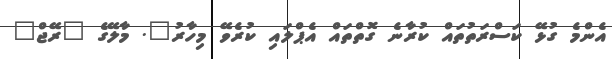
އެންމެ ގުޅޭ ކަސްރަތުތައް ކުރާނެ ގޮތްތައް އެޕްލައި ކުރެވޭ މިހާރު". މާލޭގެ "ރޭޖް"